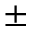
\pm